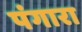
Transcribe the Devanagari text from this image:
पंगारा